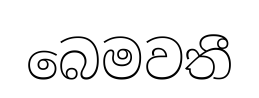
බෙමවතී